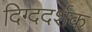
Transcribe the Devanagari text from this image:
दिग्ददर्शक